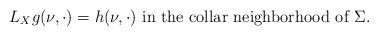
LaTeX: \begin{align*}L_X g (\nu, \cdot) = h(\nu, \cdot) \mbox{ in the collar neighborhood of } \Sigma. \end{align*}